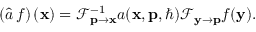
\left( \hat { a } \, f \right) ( \mathbf { x } ) = \mathcal { F } _ { \mathbf { p } \to \mathbf { x } } ^ { - 1 } a ( \mathbf { x } , \mathbf { p } , \hbar ) \mathcal { F } _ { \mathbf { y } \to \mathbf { p } } f ( \mathbf { y } ) .